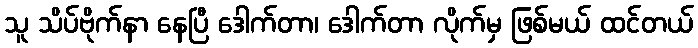
သူ သိပ်ဗိုက်နာ နေပြီ ဒေါက်တာ၊ ဒေါက်တာ လိုက်မှ ဖြစ်မယ် ထင်တယ်